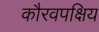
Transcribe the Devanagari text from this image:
कौरवपक्षिय